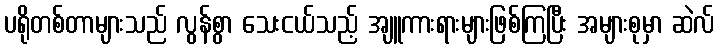
ပရိုတစ်တာများသည် လွန်စွာ သေးငယ်သည့် အျူကားရားများဖြစ်ကြပြီး အများစုမှာ ဆဲလ်